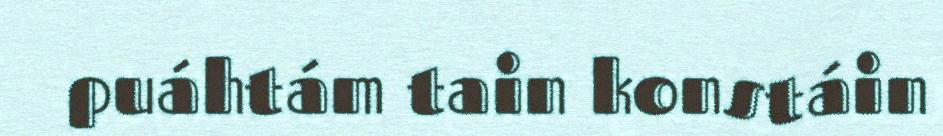
puáhtám tain konstáin